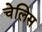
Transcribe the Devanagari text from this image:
चेलिस